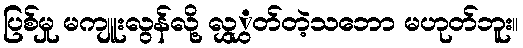
ပြစ်မှု မကျူးလွန်လို့ လွှွှတ်တဲ့သဘော မဟုတ်ဘူး။